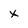
Character: X